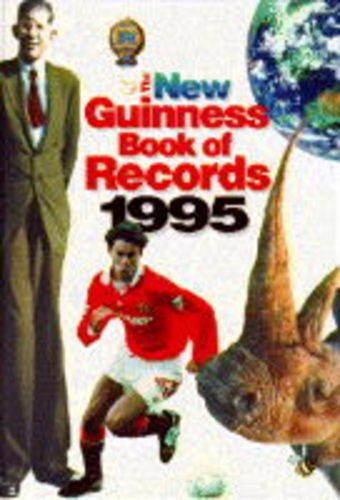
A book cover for Guinness Book of Records 1995; Humor & Entertainment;